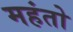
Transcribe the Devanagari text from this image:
महंतो